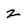
Character: z